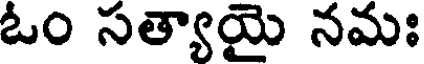
ఓం సత్యాయై నమః